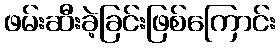
ဖမ်းဆီးခဲ့ခြင်းဖြစ်ကြောင်း